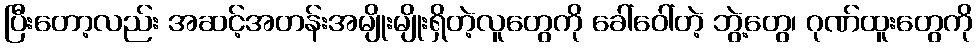
ပြီးတော့လည်း အဆင့်အတန်းအမျိုးမျိုးရှိတဲ့လူတွေကို ခေါ်ဝေါ်တဲ့ ဘွဲ့တွေ၊ ဂုဏ်ထူးတွေကို